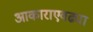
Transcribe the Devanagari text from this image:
आकाराएवढ्या